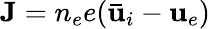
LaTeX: {\mathbf{J}}=n_{e}e({\mathbf{\bar{u}}}_{i}-{\mathbf{u}}_{e})